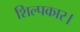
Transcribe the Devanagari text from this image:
शिल्पकार।